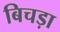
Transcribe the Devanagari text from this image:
बिचड़ा